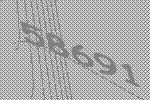
58691